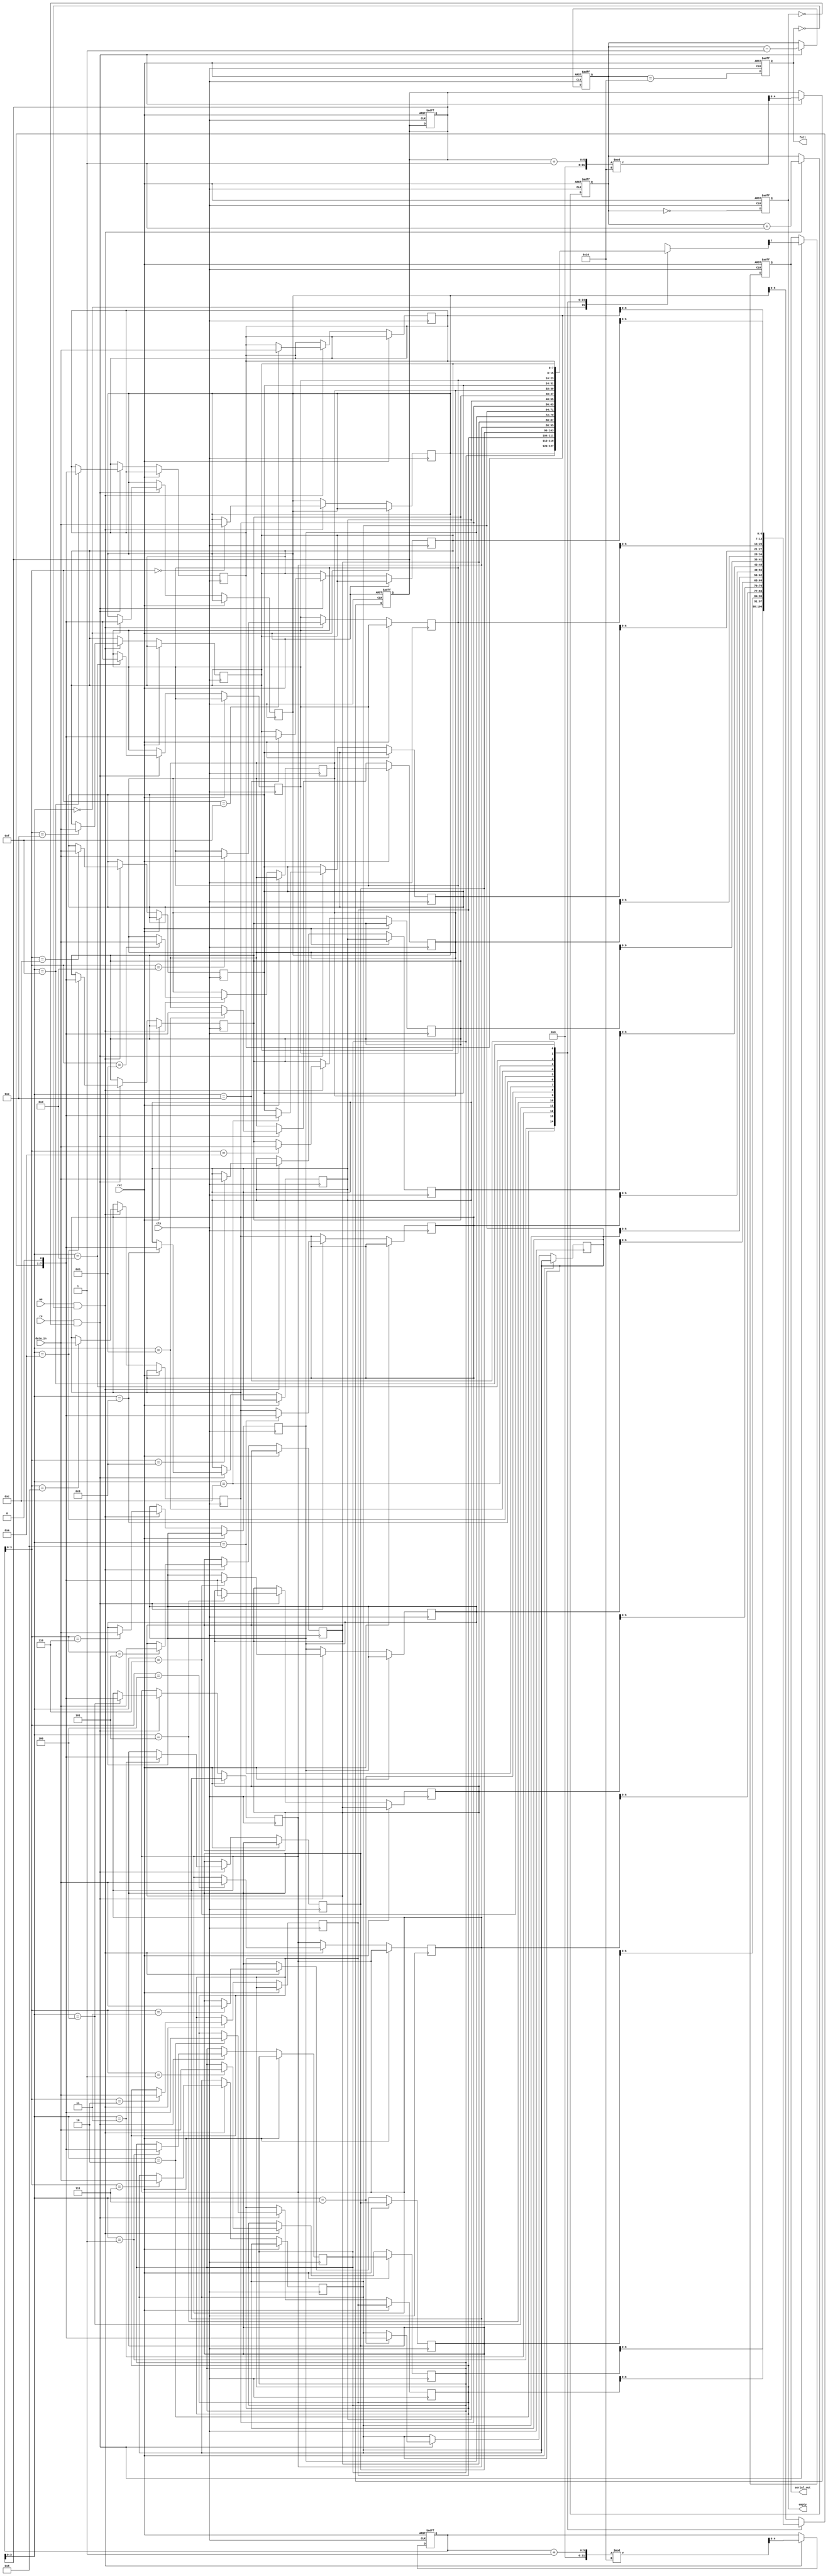
module fifo_piso #(
    parameter DATA_WIDTH = 8,   // Width of the data to be stored
    parameter FIFO_DEPTH = 16    // Depth of the FIFO
)(
    input wire clk,              // Clock signal
    input wire rst,              // Reset signal
    input wire we,               // Write Enable
    input wire re,               // Read Enable
    input wire [DATA_WIDTH-1:0] data_in, // Parallel input data
    output reg serial_out,       // Serial output data
    output reg full,             // FIFO full flag
    output reg empty             // FIFO empty flag
);

    reg [DATA_WIDTH-1:0] fifo_mem [0:FIFO_DEPTH-1]; // FIFO memory
    reg [4:0] write_ptr;       // Write pointer
    reg [4:0] read_ptr;        // Read pointer
    reg [4:0] count;           // Count of stored elements

    // Initialize signals
    initial begin
        write_ptr = 0;
        read_ptr = 0;
        count = 0;
        full = 0;
        empty = 1;
        serial_out = 0;
    end

    // Write operation
    always @(posedge clk or posedge rst) begin
        if (rst) begin
            write_ptr <= 0;
            read_ptr <= 0;
            count <= 0;
            full <= 0;
            empty <= 1;
        end else begin
            if (we && !full) begin
                fifo_mem[write_ptr] <= data_in; // Store data in FIFO
                write_ptr <= (write_ptr + 1) % FIFO_DEPTH; // Circular buffer
                count <= count + 1; // Increment count
            end
            // Update full and empty flags
            full <= (count == FIFO_DEPTH);
            empty <= (count == 0);
        end
    end

    // Read operation
    always @(posedge clk or posedge rst) begin
        if (rst) begin
            read_ptr <= 0;
            count <= 0;
            full <= 0;
            empty <= 1;
            serial_out <= 0;
        end else begin
            if (re && !empty) begin
                serial_out <= fifo_mem[read_ptr][DATA_WIDTH-1]; // Shift out MSB
                fifo_mem[read_ptr] <= {fifo_mem[read_ptr][DATA_WIDTH-2:0], 1'b0}; // Shift left
                read_ptr <= (read_ptr + 1) % FIFO_DEPTH; // Circular buffer
                count <= count - 1; // Decrement count
            end
            // Update full and empty flags
            full <= (count == FIFO_DEPTH);
            empty <= (count == 0);
        end
    end

endmodule